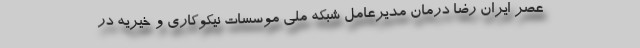
عصر ایران رضا درمان مدیرعامل شبکه ملی موسسات نیکوکاری و خیریه در